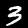
Digit: 3